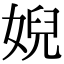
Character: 婗